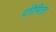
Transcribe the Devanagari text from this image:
परिमितत